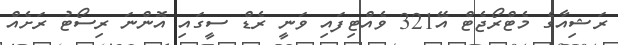
ރަޝިއާގެ މެޓްރޯޖެޓް އޭ321 ވެއްޓިފައި ވަނީ ރެޑް ސީގައި އޮންނަ ރިސޯޓު ރަށެއް